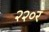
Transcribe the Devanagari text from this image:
२२०र